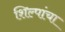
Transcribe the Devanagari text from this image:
शिल्पांचा